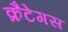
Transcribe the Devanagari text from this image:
क्रैटेगस